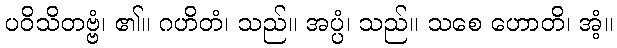
ပဝိသိတဗ္ဗံ၊ ၏။ ဂဟိတံ၊ သည်။ အပ္ပံ၊ သည်။ သစေ ဟောတိ၊ အံ့။